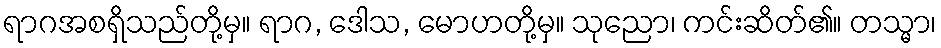
ရာဂအစရှိသည်တို့မှ။ ရာဂ, ဒေါသ, မောဟတို့မှ။ သုညော၊ ကင်းဆိတ်၏။ တသ္မာ၊